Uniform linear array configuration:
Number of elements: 64
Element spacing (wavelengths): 0.75
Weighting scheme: binomial
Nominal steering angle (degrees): -30
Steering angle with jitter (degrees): -28.413
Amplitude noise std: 0.05
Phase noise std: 0.05

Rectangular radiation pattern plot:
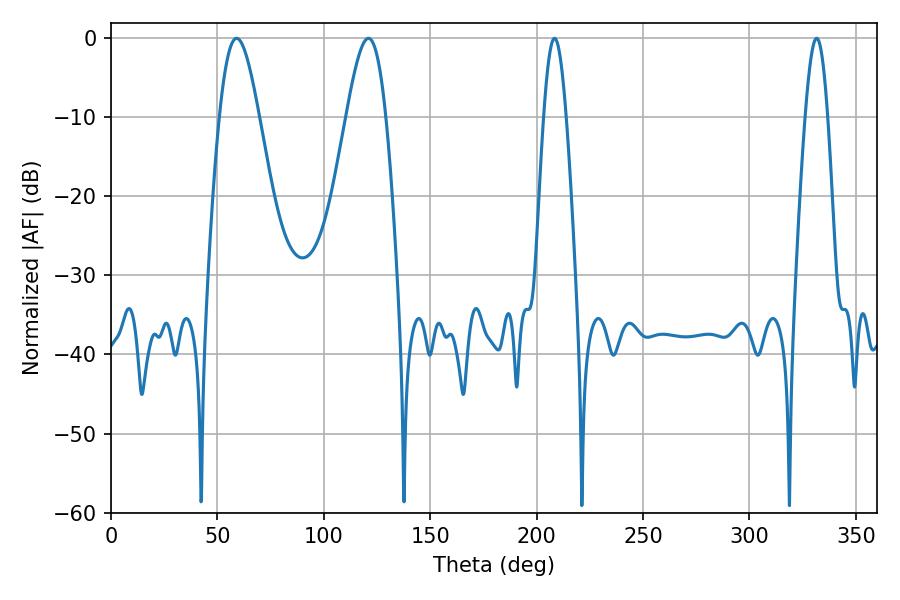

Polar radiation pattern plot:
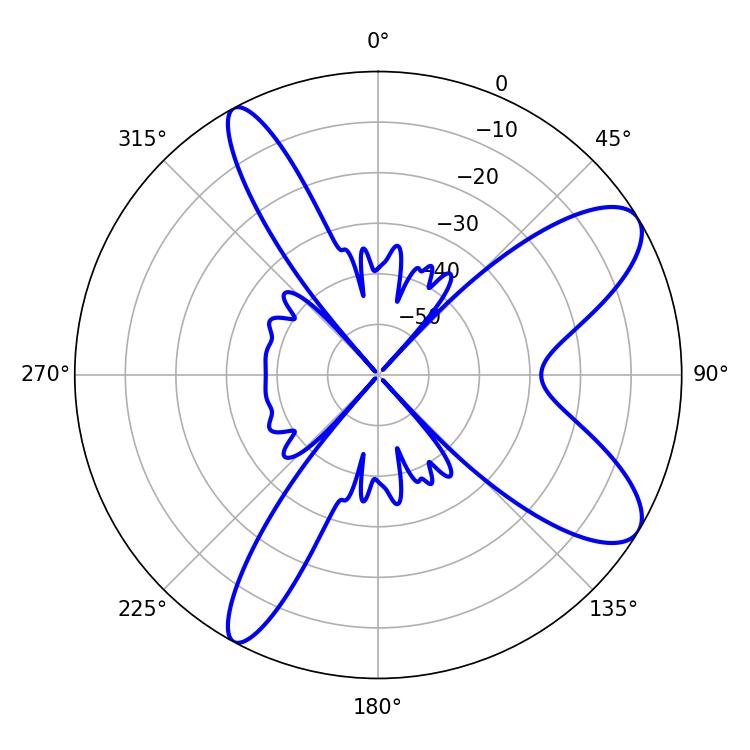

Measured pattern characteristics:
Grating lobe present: TRUE
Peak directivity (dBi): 9.465
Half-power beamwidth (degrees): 9.9
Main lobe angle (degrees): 59.04